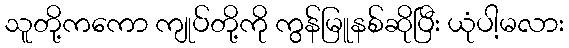
သူတို့ကကော ကျုပ်တို့ကို ကွန်မြူနစ်ဆိုပြီး ယုံပါ့မလား